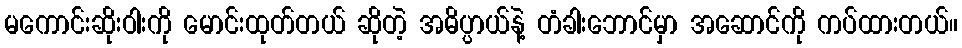
မကောင်းဆိုးဝါးကို မောင်းထုတ်တယ် ဆိုတဲ့ အဓိပ္ပာယ်နဲ့ တံခါးဘောင်မှာ အဆောင်ကို ကပ်ထားတယ်။